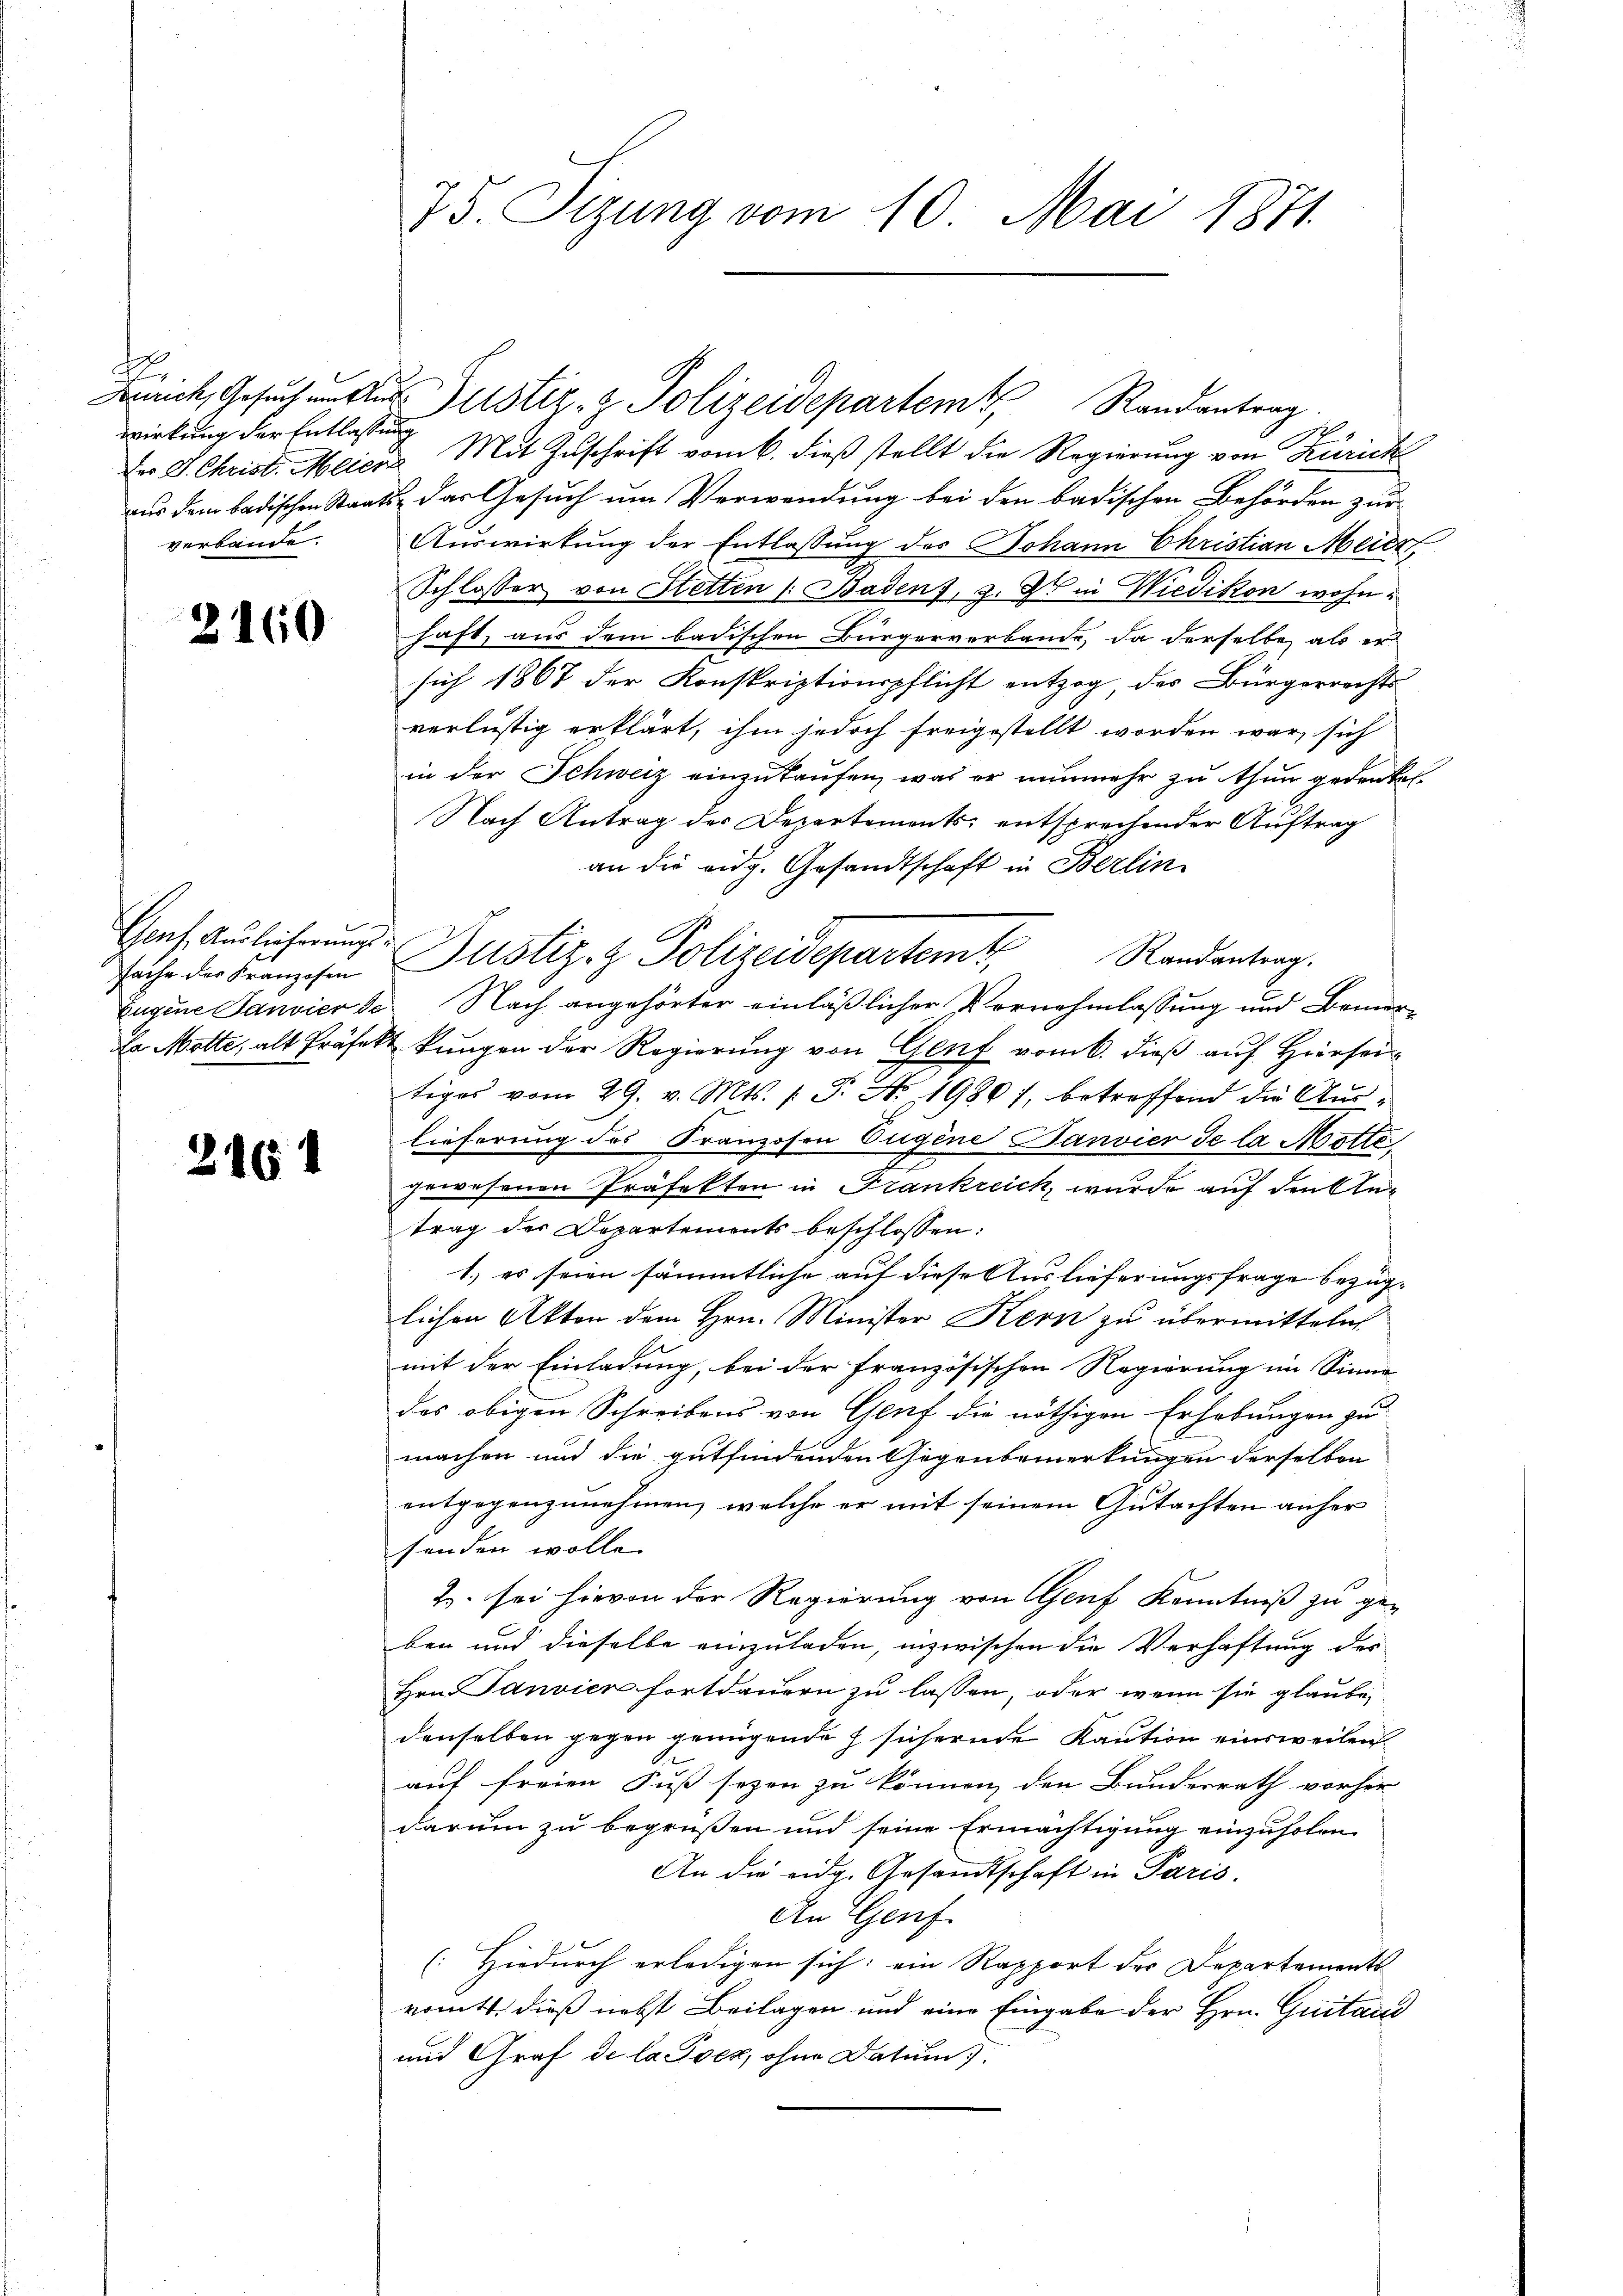
wirkung der Entlassung
verbände.

2160

Genf Auslicherungs-

2164

Der J. Christ. Meier Mit Zuschrift vom 6. dieß stellt die Regierung von Zürich
aus dem badischen Staats- das Gesuch um Verwendung bei den badischen Behörden zur
Auswirkung der Entlassung des Johann Christian Meiert,
Schlosser von Ketten Badens, 3. Xr in Wiedikon wohnhaft, aus dem badischen Bürgerverbande, da derselbe als er
sich 1867 der Konskriptionspflicht entzog, des Bürgerrechts
verlustig erklärt, ihm jedoch freigestellt worden war, sich
in der Schweiz einzukaufen, was er nunmehr zu thun gedenken.
Nach Antrag der Departements entsprechender Auftrag
an die eidg. Gesandtschaft in Berlin
sache der Franzosen Pustiz- & Polizeidepartem Randantrag.
Eugene Janvier de Nach angehörter einläßlicher Vornehmlassung und Brunne
La Motte, alt Präfekt kungen der Regierung von Genf vom 6. dieß auf Hiersei
tiges vom 29. v. Mts. (T. No. 1980), betreffend die Auslieferung des Franzosen Eugene Janvier de la Motte
gewesenen Präfekten in Frankreich, wurde auf den Antrag der Departements beschlossen:
1.) es seien sämmtliche auf diese Auslieferungsfrage bezüg-
lichen Akten dem Hrn. Minister Kern zu übermitteln
mit der Einladung, bei der französischen Regierung im Sinne
des obigen Schreibens von Genf die nöthigen Erhebungen zu
machen und die gutfindenden Gegenbemerkungen derselben
entgegenzunehmen, welche er mit seinem Gutachten anher
senden wolle.
Z. sei hievon der Regierung von Genf Kenntniß zu ge-
ben und dieselbe einzuladen, inzwischen die Verhaftung des
Hrn. Janvier fortdauern zu lassen, oder wenn sie glaube,
denselben gegen genügende h sichernde Kaution einsweilen
auf freien Fuß sezen zu können, den Bundesrath vorher
darum zu begrüßen und seine Ermächtigung einzuholen.
An die eidg. Gesandtschaft in Paris.
An Genf
(Hiedurch erledigen sich: ein Rapport der Departements
romtt, dieß nebst Beilagen und eine Eingabe der Hrn. Guitai
und Graf de la Pocz, ohne Datum).

75. Sizung vom 10. Mai 1871

Frick, Gesuch um Aus Justiz- & Polizeidepartem Randantrag